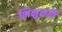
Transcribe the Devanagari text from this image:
भिक्षुकपि